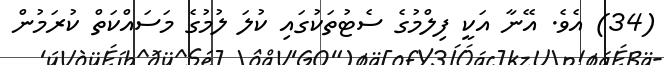
(34) އެވެ. އޭނާ އަކީ ފިލްމުގެ ސެޓުތަކުގައި ކުލަ ލުމުގެ މަސައްކަތް ކުރަމުން